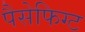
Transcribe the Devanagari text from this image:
पैसेफिग्ट